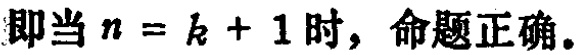
即当 \(n = k + 1\) 时，命题正确。